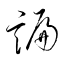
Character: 諞